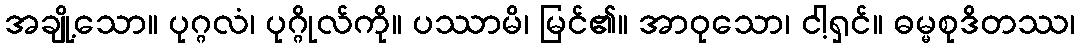
အချို့သော။ ပုဂ္ဂလံ၊ ပုဂ္ဂိုလ်ကို။ ပဿာမိ၊ မြင်၏။ အာဝုသော၊ ငါ့ရှင်။ ဓမ္မစုဒိတဿ၊